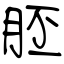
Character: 胚